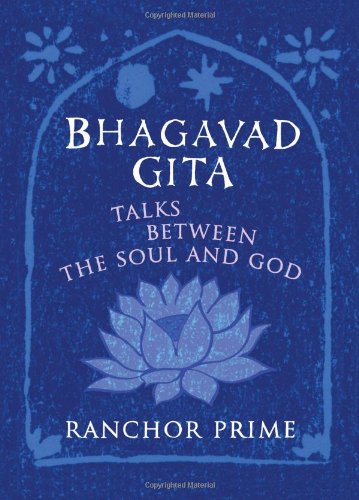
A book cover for Bhagavad Gita: Talks Between the Soul and God; Ranchor Prime; Religion & Spirituality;